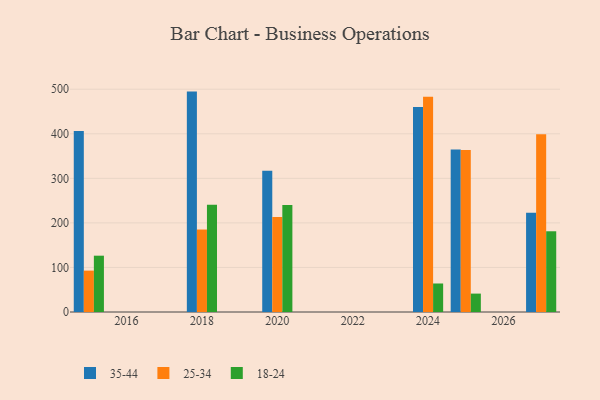
{"axis": {"x": "Year", "y": "Humidity (%)"}, "legend": ["18-24", "25-34", "35-44"], "data": [{"x": "2020", "y": 317.1, "type": "35-44"}, {"x": "2020", "y": 213.0, "type": "25-34"}, {"x": "2020", "y": 240.3, "type": "18-24"}, {"x": "2027", "y": 222.7, "type": "35-44"}, {"x": "2027", "y": 399.0, "type": "25-34"}, {"x": "2027", "y": 181.2, "type": "18-24"}, {"x": "2015", "y": 406.2, "type": "35-44"}, {"x": "2015", "y": 92.9, "type": "25-34"}, {"x": "2015", "y": 126.4, "type": "18-24"}, {"x": "2024", "y": 460.1, "type": "35-44"}, {"x": "2024", "y": 483.4, "type": "25-34"}, {"x": "2024", "y": 64.0, "type": "18-24"}, {"x": "2018", "y": 494.7, "type": "35-44"}, {"x": "2018", "y": 185.1, "type": "25-34"}, {"x": "2018", "y": 240.7, "type": "18-24"}, {"x": "2025", "y": 364.6, "type": "35-44"}, {"x": "2025", "y": 363.4, "type": "25-34"}, {"x": "2025", "y": 41.3, "type": "18-24"}]}